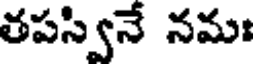
తపస్వినే నమః